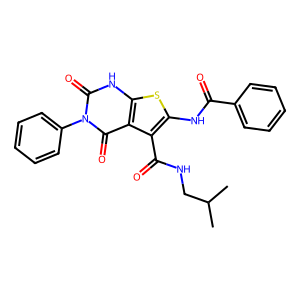
SMILES: CC(C)CNC(=O)c1c(NC(=O)c2ccccc2)sc2[nH]c(=O)n(-c3ccccc3)c(=O)c12
Inhibits HIV replication: No